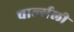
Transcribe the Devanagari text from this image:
चार्ल्सली